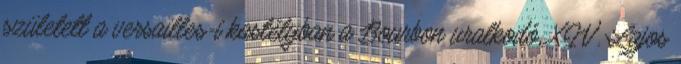
született a versailles-i kastélyban a Bourbon uralkodó, XIV. Lajos